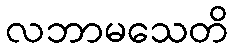
လဘာမသေတိ